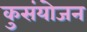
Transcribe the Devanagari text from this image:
कुसंयोजन